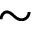
\sim